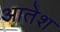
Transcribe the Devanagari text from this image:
आतेश